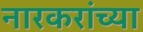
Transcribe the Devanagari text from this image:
नारकरांच्या